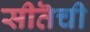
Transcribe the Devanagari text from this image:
सीतॆची